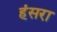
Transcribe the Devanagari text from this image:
हंसरा